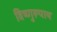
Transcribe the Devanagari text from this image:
विष्णुरूपाय